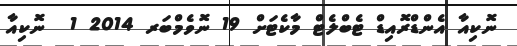
ނޮކިއާ އެންޑްރޮއިޑް ޓެބްލެޓް މާކެޓަށް 19 ނޮވެމްބަރ 2014 1  ނޮކިއާ